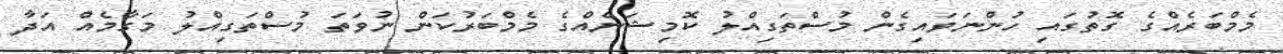
މެމްބަރެއްގެ ގޮތުގައި ހުންނަވައިގެން މުސްތަގިއްލު ކޮމިޝަނެއްގެ މެމްބަރުކަން ނުވަތަ މުސްތަގިއްލު މަގާމެއް އަދާ